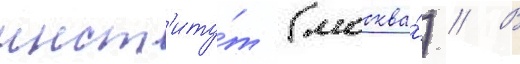
инст'иту́т (москва́) // В